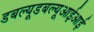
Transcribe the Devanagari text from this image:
डबल्यूडबल्यूआईआई